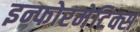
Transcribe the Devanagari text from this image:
इन्फोरमेटिक्स